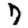
Digit: 7